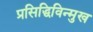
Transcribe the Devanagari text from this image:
प्रसिद्धिविन्मुख